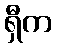
ရှီက